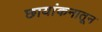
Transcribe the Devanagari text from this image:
छायांकनातून